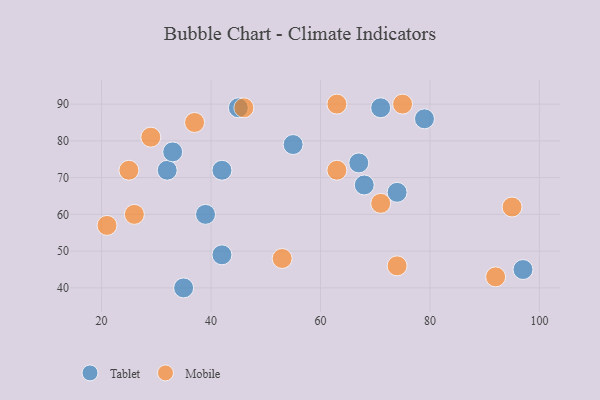
{"axis": {"x": "GDP", "y": "Life Expectancy"}, "legend": ["Mobile", "Tablet"], "data": [{"x": "32", "y": 72, "type": "Tablet"}, {"x": "55", "y": 79, "type": "Tablet"}, {"x": "67", "y": 74, "type": "Tablet"}, {"x": "79", "y": 86, "type": "Tablet"}, {"x": "68", "y": 68, "type": "Tablet"}, {"x": "39", "y": 60, "type": "Tablet"}, {"x": "33", "y": 77, "type": "Tablet"}, {"x": "71", "y": 89, "type": "Tablet"}, {"x": "35", "y": 40, "type": "Tablet"}, {"x": "74", "y": 66, "type": "Tablet"}, {"x": "42", "y": 72, "type": "Tablet"}, {"x": "45", "y": 89, "type": "Tablet"}, {"x": "97", "y": 45, "type": "Tablet"}, {"x": "42", "y": 49, "type": "Tablet"}, {"x": "25", "y": 72, "type": "Mobile"}, {"x": "53", "y": 48, "type": "Mobile"}, {"x": "63", "y": 90, "type": "Mobile"}, {"x": "21", "y": 57, "type": "Mobile"}, {"x": "75", "y": 90, "type": "Mobile"}, {"x": "29", "y": 81, "type": "Mobile"}, {"x": "74", "y": 46, "type": "Mobile"}, {"x": "46", "y": 89, "type": "Mobile"}, {"x": "37", "y": 85, "type": "Mobile"}, {"x": "92", "y": 43, "type": "Mobile"}, {"x": "95", "y": 62, "type": "Mobile"}, {"x": "26", "y": 60, "type": "Mobile"}, {"x": "63", "y": 72, "type": "Mobile"}, {"x": "71", "y": 63, "type": "Mobile"}]}